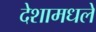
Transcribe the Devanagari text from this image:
देशामधले